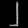
Digit: ၂